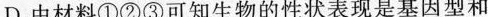
D.由材料①②③可知生物的性状表现是基因型和